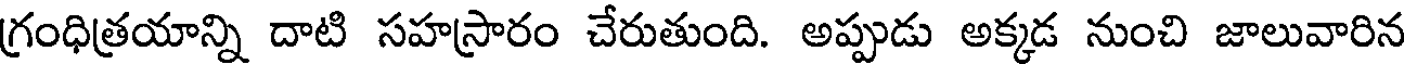
గ్రంధిత్రయాన్ని దాటి సహస్రారం చేరుతుంది. అప్పుడు అక్కడ నుంచి జాలువారిన